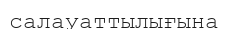
салауаттылығына